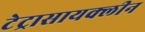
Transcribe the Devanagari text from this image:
टेट्रासायक्लीन